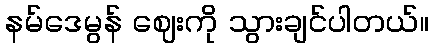
နမ်ဒေမွန် ဈေးကို သွားချင်ပါတယ်။